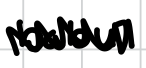
Text: babul
Cross-out: zig-zag
Writing tool: digital_black